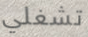
تشغلي